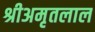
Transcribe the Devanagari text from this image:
श्रीअमृतलाल